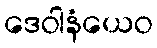
ဒေဝါနံယေဝ